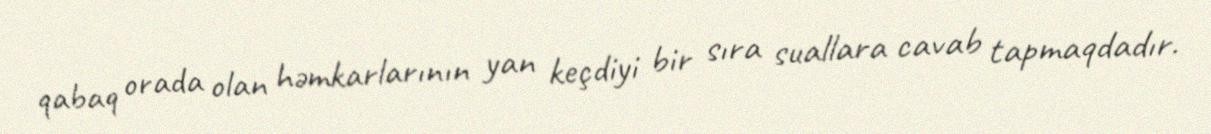
qabaq orada olan həmkarlarının yan keçdiyi bir sıra suallara cavab tapmaqdadır.